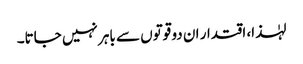
لہٰذا، اقتدار ان دو قوتوں سے باہر نہیں جاتا۔